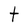
Character: t